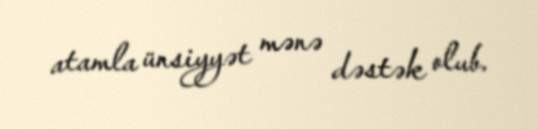
atamla ünsiyyət mənə dəstək olub.